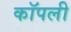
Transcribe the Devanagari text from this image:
कॉपली